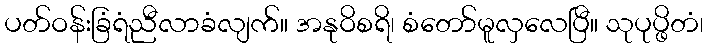
ပတ်ဝန်းခြံရံညီလာခံလျက်။ အနုဝိစရိ၊ စံတော်မူလှလေပြီ။ သုပုပ္ဖိတံ၊